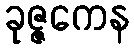
ခုဇ္ဇကေန